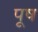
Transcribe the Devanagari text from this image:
पूष